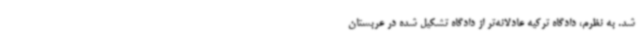
شد. به نظرم، دادگاه ترکیه عادلانه‌تر از دادگاه تشکیل شده در عربستان